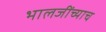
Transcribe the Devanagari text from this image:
भालजींच्याच